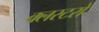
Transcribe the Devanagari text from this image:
क्लस्टरो